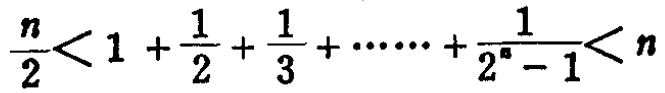
$\frac{n}{2}<1 +\frac{1}{2}+\frac{1}{3}+\cdots\cdots+\frac{1}{2^{n}-1}<n$